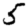
Digit: 5